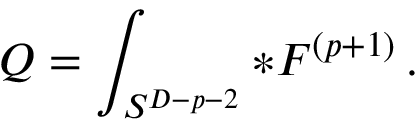
Q = \int _ { S ^ { D - p - 2 } } * F ^ { ( p + 1 ) } \, .